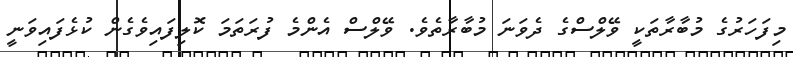
މިފަހަރުގެ މުބާރާތަކީ ވޭލްސްގެ ދެވަނަ މުބާރާތެވެ. ވޭލްސް އެންމެ ފުރަތަމަ ކޮލިފައިވެގެން ކުޅެފައިވަނީ